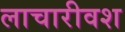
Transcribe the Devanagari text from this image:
लाचारीवश